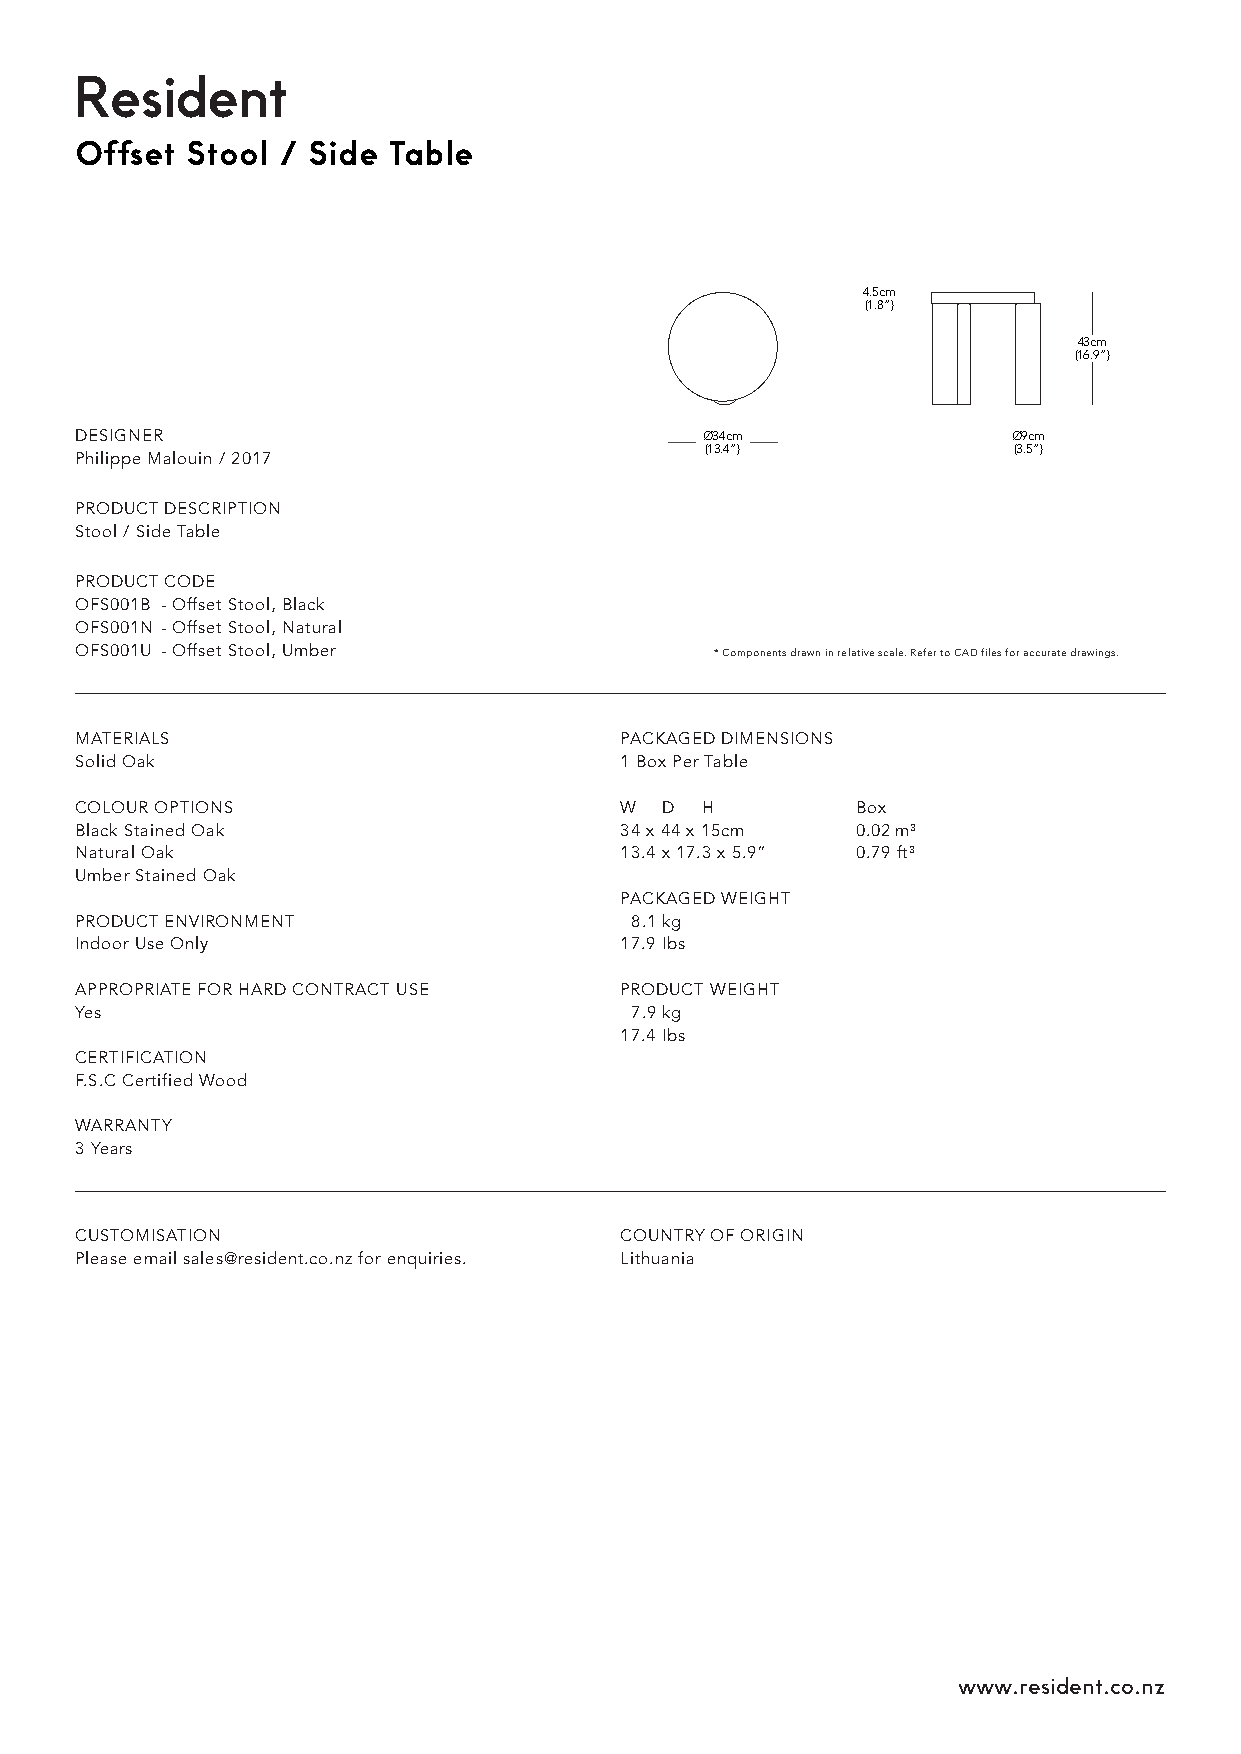
RReessiiddeenntt
 Offset Stool / Side  Table
 4.5cm
 (1.8”)
 43cm
 (16.9”)
 DESIGNER                                 Ø34cm                Ø9cm
 (13.4”)             (3.5”)
 Philippe Malouin / 2017
 PRODUCT DESCRIPTION
 Stool / Side Table
 PRODUCT CODE
 OFS001B - Offset Stool, Black
 OFS001N - Offset Stool, Natural
 OFS001U - Offset Stool, Umber             * Components drawn in relative scale. Refer to CAD files for accurate drawings.
 MATERIALS                           PACKAGED DIMENSIONS
 Solid Oak                           1 Box Per Table
 COLOUR OPTIONS                      W  D H          Box
 Black Stained Oak                   34 x 44 x 15cm  0.02 m³
 Natural Oak                         13.4 x 17.3 x 5.9” 0.79 ft³
 Umber Stained Oak
 PACKAGED WEIGHT
 PRODUCT ENVIRONMENT                  8.1 kg
 Indoor Use Only                     17.9 Ibs
 APPROPRIATE FOR HARD CONTRACT USE   PRODUCT WEIGHT
 Yes                                  7.9 kg
 17.4 Ibs
 CERTIFICATION
 F.S.C Certified Wood
 WARRANTY
 3 Years
 CUSTOMISATION                       COUNTRY OF ORIGIN
 Please email sales@resident.co.nz for enquiries. Lithuania
 www.resident.co.nz